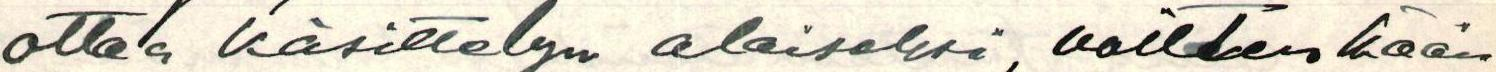
ottaa käsittelyn alaiseksi, voitten kään